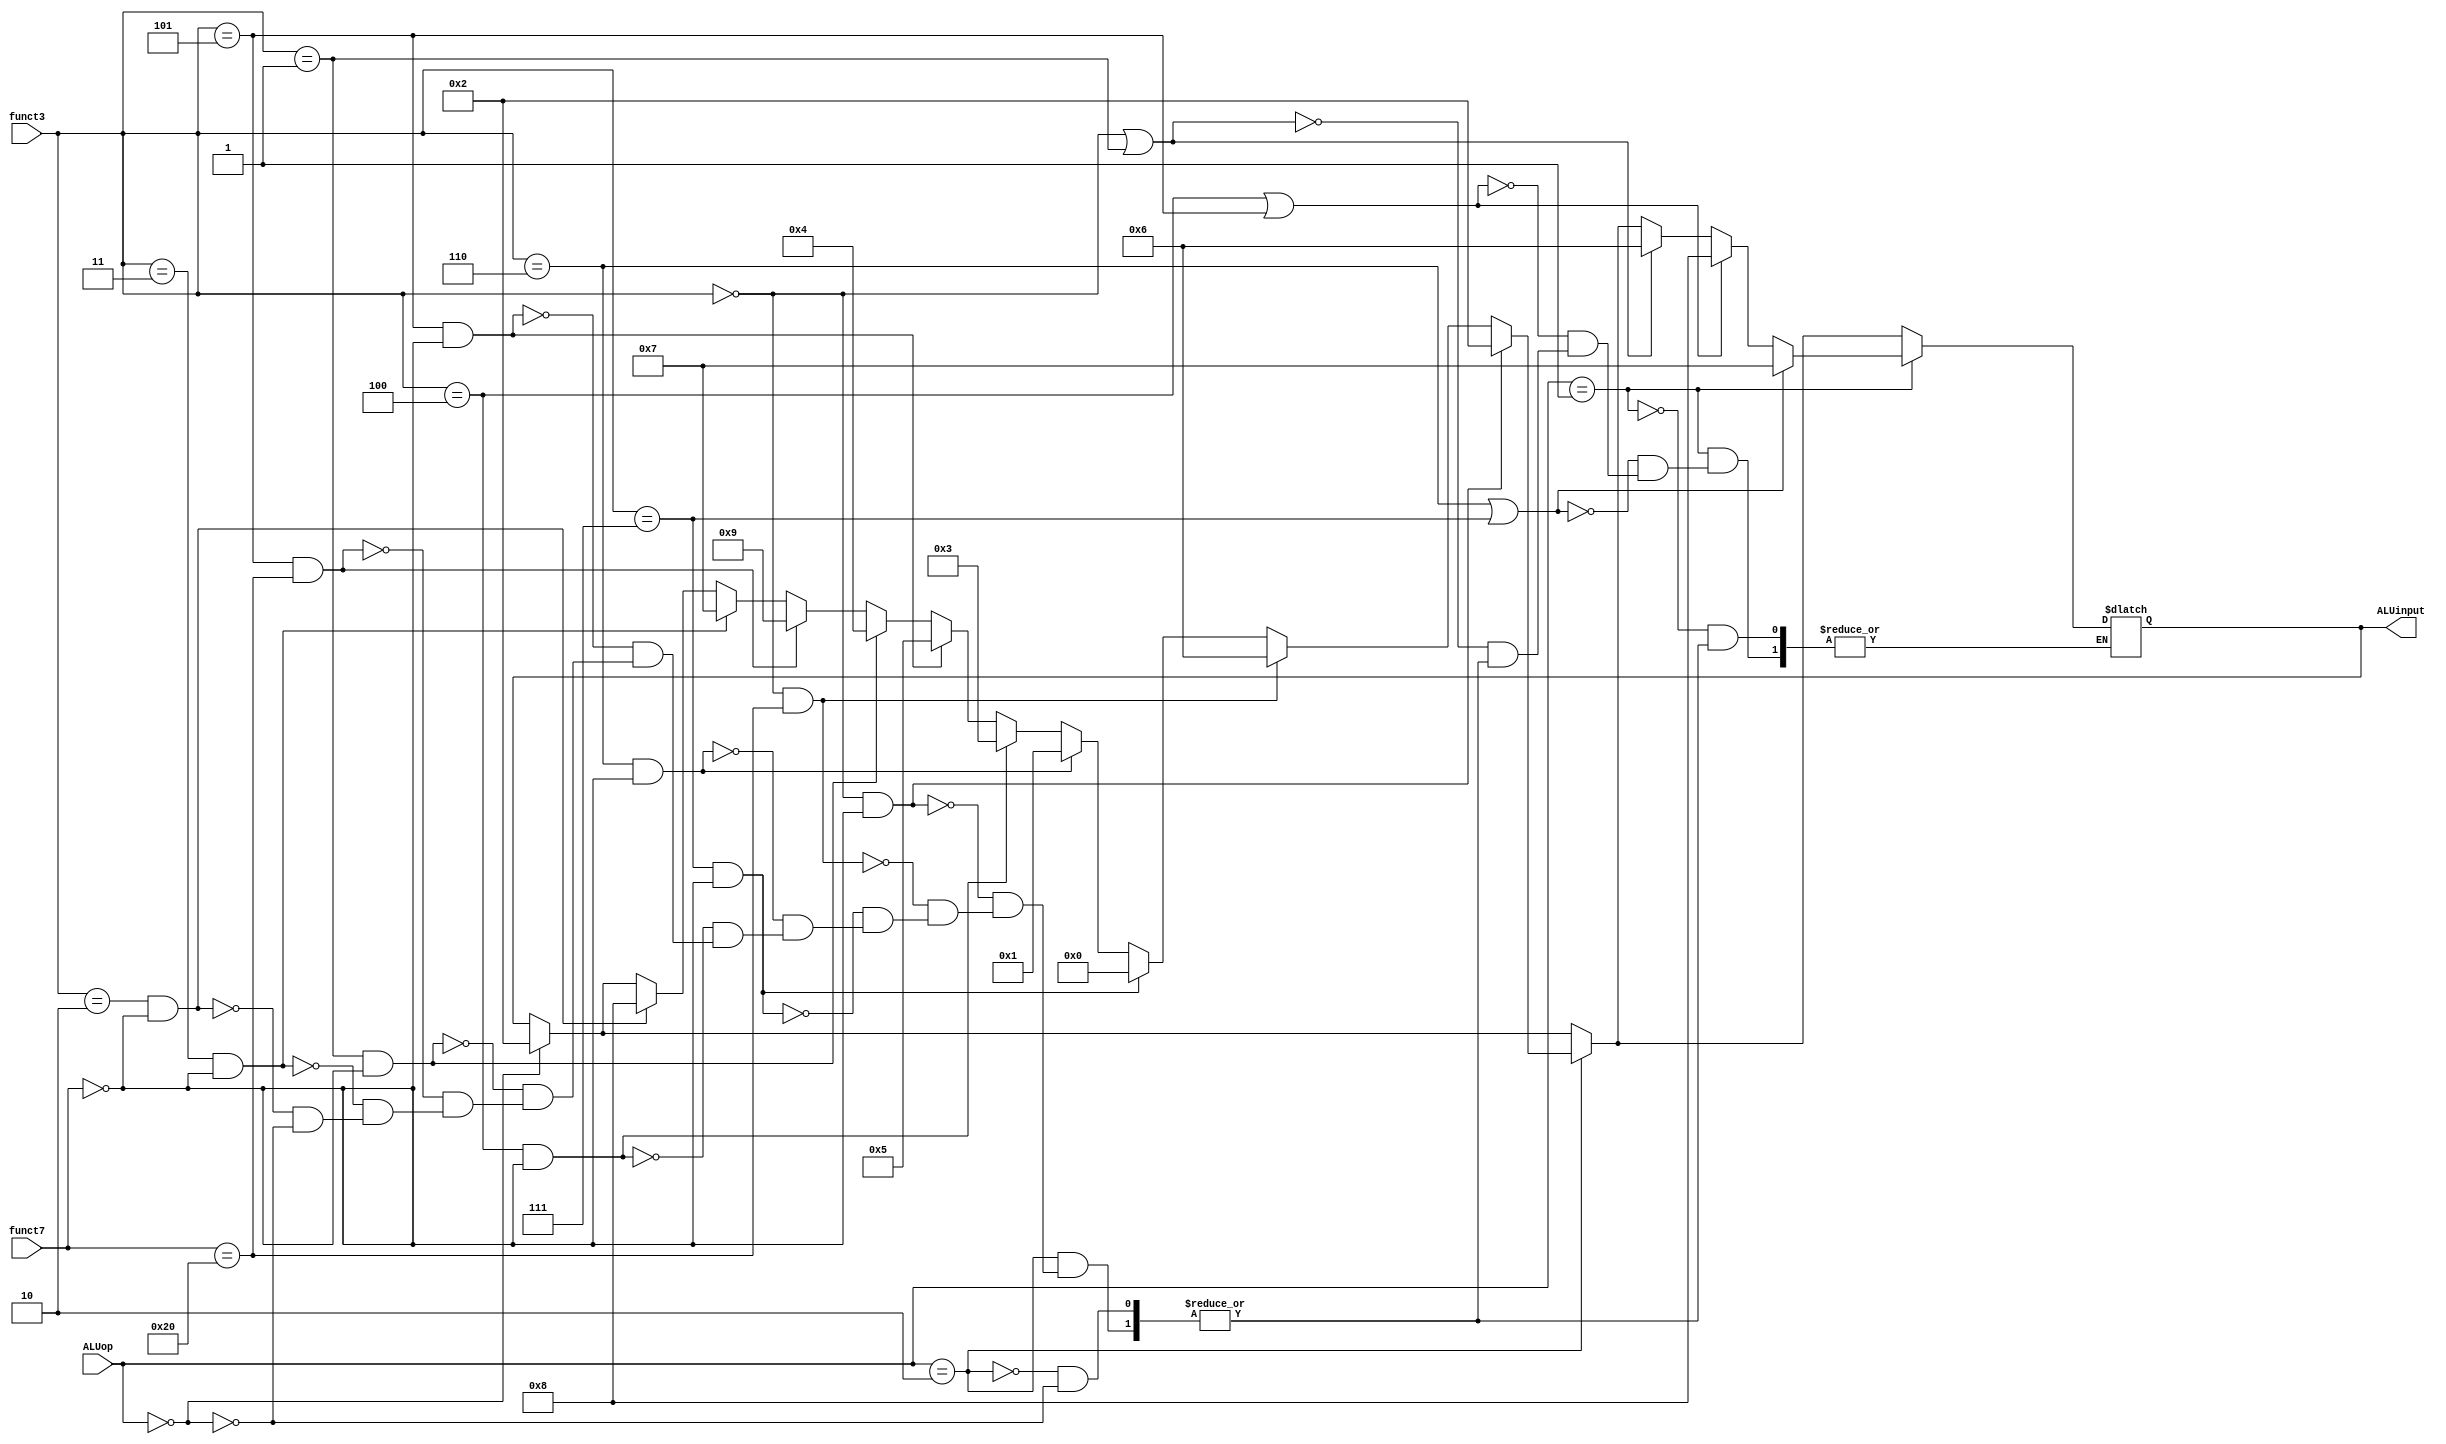
module ALUcontrol(input [1:0] ALUop,
                  input [6:0] funct7,
                  input [2:0] funct3,
                  output reg [3:0] ALUinput);

always@(*) begin
    if(ALUop == 2'b00) begin // ld, sd
        ALUinput <= 4'b0010;
    end
    if(ALUop == 2'b10) begin
        if((funct3 == 3'b000) && (funct7 == 7'b0000000)) begin // add
            ALUinput <= 4'b0010;
        end
        else if((funct3 == 3'b000) && (funct7 == 7'b0100000)) begin // sub
            ALUinput <= 4'b0110;
        end
        else if((funct3 == 3'b111) && (funct7 == 7'b0000000)) begin // and
            ALUinput <= 4'b0000;
        end
        else if((funct3 == 3'b110) && (funct7 == 7'b0000000)) begin // or
            ALUinput <= 4'b0001;
        end
        else if((funct3 == 3'b100) && (funct7 == 7'b0000000)) begin // xor
            ALUinput <= 4'b0011;
        end
        else if((funct3 == 3'b101) && (funct7 == 7'b0000000)) begin // srl, srli
            ALUinput <= 4'b0101;
        end
        else if((funct3 == 3'b001) && (funct7 == 7'b0000000)) begin // sll, slli
            ALUinput <= 4'b0100;
        end
        else if((funct3 == 3'b101) && (funct7 == 7'b0100000)) begin // sra, srai
            ALUinput <= 4'b1001;
        end
        else if((funct3 == 3'b011) && (funct7 == 7'b0000000)) begin // sltu
            ALUinput <= 4'b0111;
        end
        else if((funct3 == 3'b010) && (funct7 == 7'b0000000)) begin // slt
            ALUinput <= 4'b1000;
        end
    end
    if(ALUop == 2'b01) begin
        if((funct3 == 3'b000) || (funct3 == 3'b001)) begin // beq || bne
            ALUinput <= 4'b0110;
        end
        if((funct3 == 3'b100) || (funct3 == 3'b101)) begin // blt || bge
            ALUinput <= 4'b1000;
        end
        if((funct3 == 3'b110) || (funct3 == 3'b111)) begin // bltu || bgeu
            ALUinput <= 4'b0111;
        end
    end
end
            
endmodule